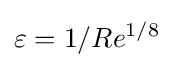
\varepsilon =1/Re^{1/8}